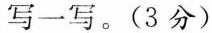
写一写。(3分)